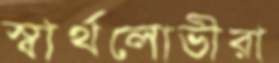
স্বার্থলোভীরা